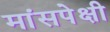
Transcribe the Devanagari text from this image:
मांसपेक्षी